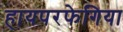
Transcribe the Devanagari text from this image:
हायपरफेगिया